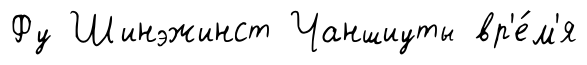
Фу Шинэжинст Чаншиуты вр'е́м'я